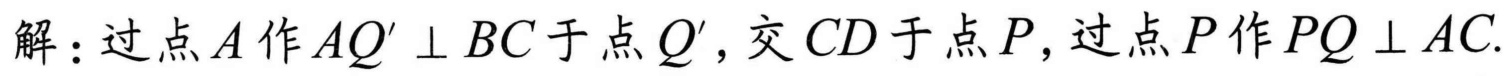
解：过点\(A\)作\(AQ'\perp BC\)于点\(Q'\)，交\(CD\)于点\(P\)，过点\(P\)作\(PQ\perp AC\).